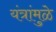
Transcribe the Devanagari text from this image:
यंत्रांमुळे